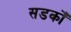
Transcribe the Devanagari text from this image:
सडकोँ